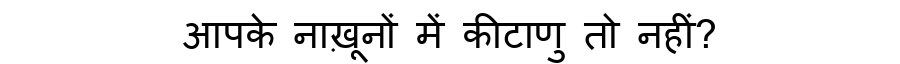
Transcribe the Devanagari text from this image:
आपके नाख़ूनों में कीटाणु तो नहीं?